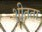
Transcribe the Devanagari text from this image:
शीतता